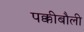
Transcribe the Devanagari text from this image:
पक्कीबौली